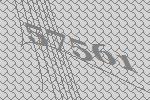
57561